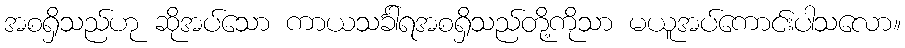
အစရှိသည်ဟု ဆိုအပ်သော ကာယသင်္ခါရအစရှိသည်တို့ကိုသာ မယူအပ်ကောင်းပါသလော။